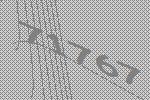
71767